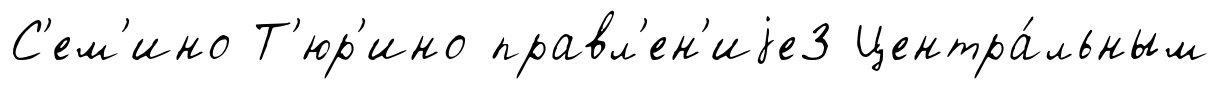
С'ем'ино Т'юр'ино правл'ен'иjе3 Центра́льным